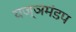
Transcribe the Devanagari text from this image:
यज्ञमंडप